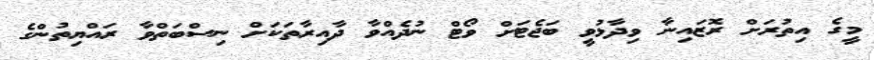
މީގެ އިތުރަށް ރޮޒައިނާ ވިދާޅުވީ ބަޖެޓަށް ވޯޓް ނުދެއްވާ ދާއިރާތަކަށް ނިސްބަތްވާ ރައްޔިތުންގެ